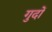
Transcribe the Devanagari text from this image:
गुदों